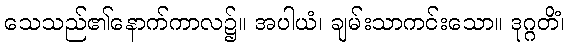
သေသည်၏နောက်ကာလ၌။ အပါယံ၊ ချမ်းသာကင်းသော။ ဒုဂ္ဂတိံ၊